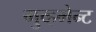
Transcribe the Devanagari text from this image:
मुव्हमेन्ट